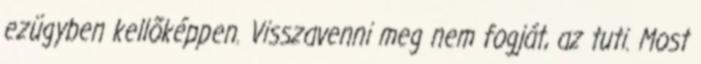
ezügyben kellõképpen. Visszavenni meg nem fogját, az tuti. Most